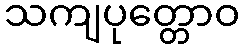
သကျပုတ္တောဝ